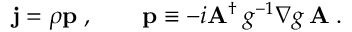
{ \bf j } = \rho { \bf p } \; , \qquad { \bf p } \equiv - i { \bf A } ^ { \dagger } \: g ^ { - 1 } \nabla g \: { \bf A } \; .